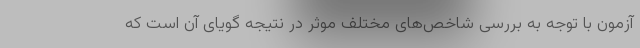
آزمون با توجه به بررسی شاخص‌های مختلف موثر در نتیجه گویای آن است که